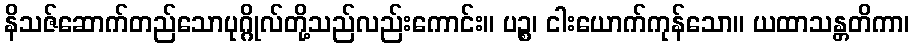
နိသဇ်ဆောက်တည်သောပုဂ္ဂိုလ်တို့သည်လည်းကောင်း။ ပဉ္စ၊ ငါးယောက်ကုန်သော။ ယထာသန္တတိကာ၊